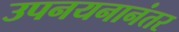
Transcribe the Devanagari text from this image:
उपनयनानंतर